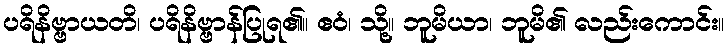
ပရိနိဗ္ဗာယတိ၊ ပရိနိဗ္ဗာန်ပြုရ၏။ ဧဝံ၊ သို့။ ဘူမိယာ၊ ဘူမိ၏ လည်းကောင်း။